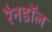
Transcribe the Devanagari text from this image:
रैनडॉल